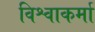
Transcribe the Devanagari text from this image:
विश्वाकर्मा